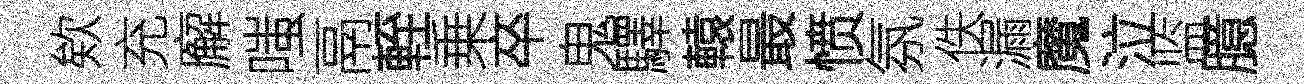
欸充廨嗤鬲輊乗卒鬼驛轅最愤氛佚漏魔泣监臆